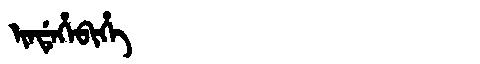
Manchu: ᡳᠨᡩᡝᡥᡝᠪᡳᡥᡝ
Romanization: INDEHEBIHE